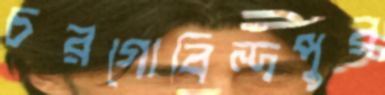
চরগোবিন্দপুর